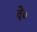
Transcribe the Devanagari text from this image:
दे०